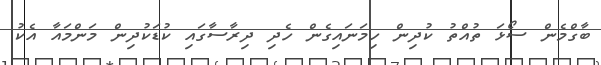
ބާގްމެން ސޯޅަ ތުއްތު ކުދިން ހިމަނައިގެން ހެދި ދިރާސާގައި ކުޑަކުދިން މަންމައާ އެކު